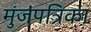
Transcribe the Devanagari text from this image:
मुंजपत्रिका